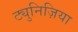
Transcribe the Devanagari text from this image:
ट्युनिज़िया